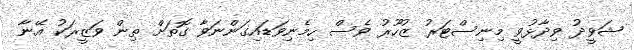
ޝަވީދު ވިދާޅުވީ މިނިސްޓަރު ޒުހޫރު ވެސް ހިމެނިވަޑައިގަންނަވާ ގޮތަށް ތިން ވަޒީރަކު އޭނާ